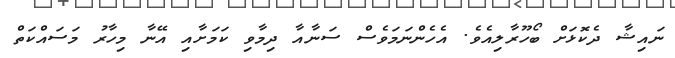
ނައިޝާ ދެކޮޅަށް ބޯހޫރާލިއެވެ. އެހެންނަމަވެސް ސަނާއާ ދިމާވި ކަމަށާއި އޭނާ މިހާރު މަސައްކަތް